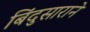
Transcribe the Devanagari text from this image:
बिंदुसाराने